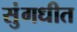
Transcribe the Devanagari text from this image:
सुंगधीत